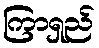
ကြာရှည်